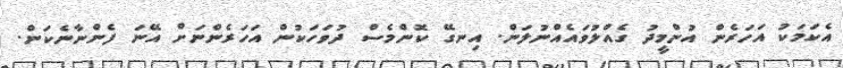
އެކަމަކު އަހަރެން އުންމީދު ގެއްލުވައެއްނުލަން. އިނގޭ ކޮންމެސް ދުވަހަކުން އަހަރެންނަށް އޭނަ ފެންނާނެކަން.